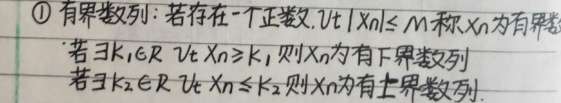
\textcircled{1} 有界数列：若存在一个正整数 \(M\)，\(\forall n\)，\(\vert x_{n}\vert\leq M\)，称 \(x_{n}\) 为有界数列。若 \(\exists k_{1}\in\mathbb{R}\)，\(\forall n\)，\(x_{n}\geq k_{1}\)，则 \(x_{n}\) 为有下界数列。若 \(\exists k_{2}\in\mathbb{R}\)，\(\forall n\)，\(x_{n}\leq k_{2}\)，则 \(x_{n}\) 为有上界数列。